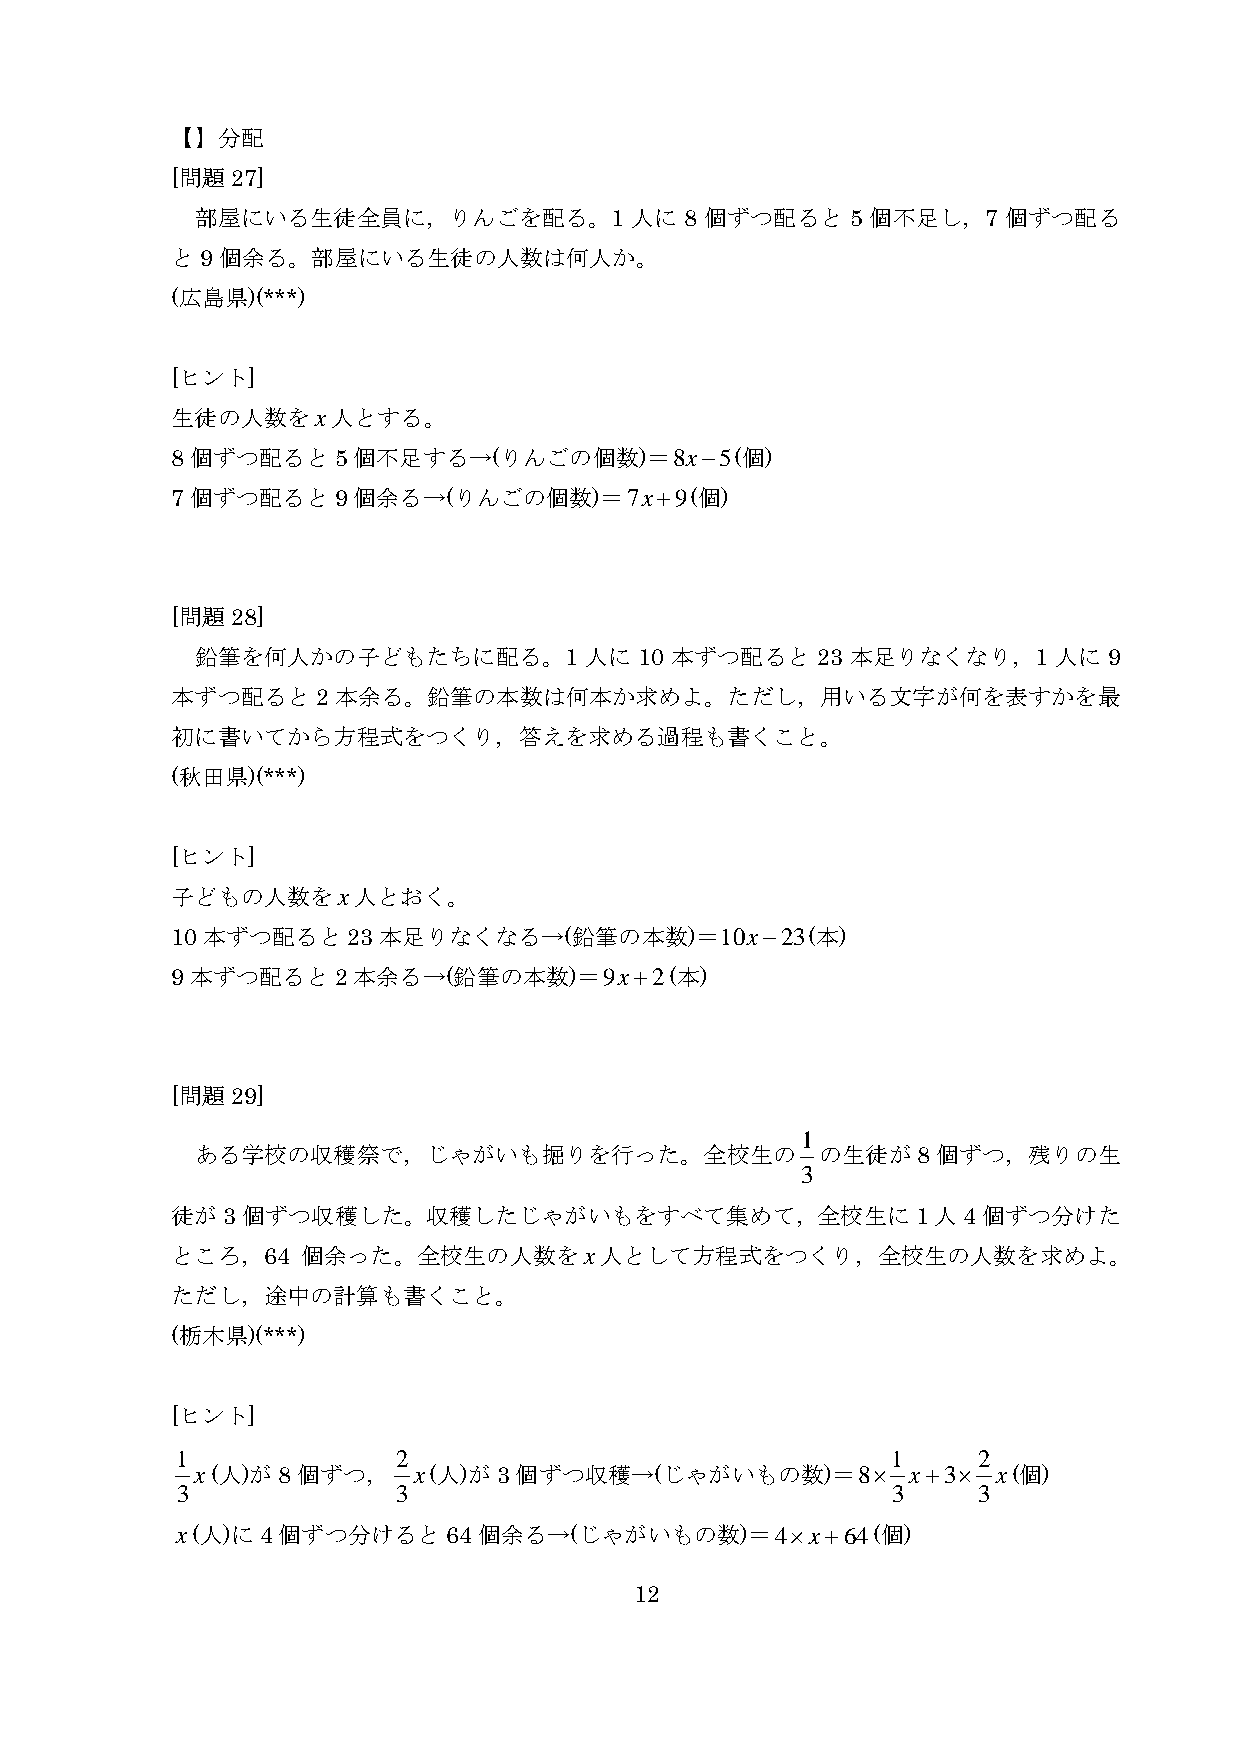
【】分配
 [問題27]
 部屋にいる生徒全員に，りんごを配る。1          人に 8 個ずつ配ると   5 個不足し，7   個ずつ配る
 と9個余る。部屋にいる生徒の人数は何人か。
 (広島県)(***)
 [ヒント]
 生徒の人数をx人とする。
 8個ずつ配ると5個不足する→(りんごの個数)＝8x−5(個)
 7個ずつ配ると9個余る→(りんごの個数)＝7x+9(個)
 [問題28]
 鉛筆を何人かの子どもたちに配る。1         人に 10 本ずつ配ると   23 本足りなくなり，1    人に 9
 本ずつ配ると2本余る。鉛筆の本数は何本か求めよ。ただし，用いる文字が何を表すかを最
 初に書いてから方程式をつくり，答えを求める過程も書くこと。
 (秋田県)(***)
 [ヒント]
 子どもの人数をx人とおく。
 10本ずつ配ると23本足りなくなる→(鉛筆の本数)＝10x−23(本)
 9本ずつ配ると2本余る→(鉛筆の本数)＝9x+2(本)
 [問題29]
 1
 ある学校の収穫祭で，じゃがいも掘りを行った。全校生の               の生徒が8個ずつ，残りの生
 3
 徒が3個ずつ収穫した。収穫したじゃがいもをすべて集めて，全校生に1人4個ずつ分けた
 ところ，64   個余った。全校生の人数をx人として方程式をつくり，全校生の人数を求めよ。
 ただし，途中の計算も書くこと。
 (栃木県)(***)
 [ヒント]
 1             2                                1     2
 x(人)が8個ずつ，    x(人)が3個ずつ収穫→(じゃがいもの数)＝8×         x+3×  x(個)
 3             3                                3     3
 x(人)に4個ずつ分けると64個余る→(じゃがいもの数)＝4×x+64(個)
 12